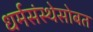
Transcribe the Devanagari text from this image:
धर्मसंस्थेसोबत